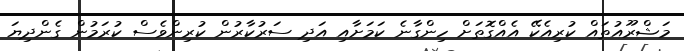
މަޝްރޫއުތައް ކުރިއެކޭ އެއްގޮތަށް ހިންގާނެ ކަމަށާއި އަދި ސަރުކާރުން ކުރިންވެސް ކުރަމުން ގެންދިޔަ